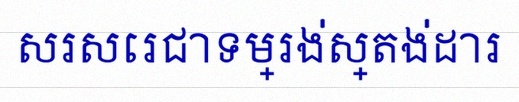
សរសេរជាទម្រង់ស្តង់ដារ